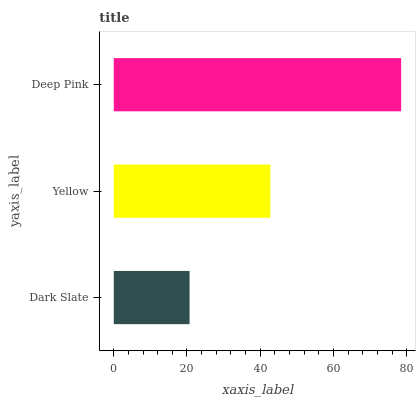
| yaxis_label | bars |
 | --- | --- |
 | Dark Slate | 20.7 |
 | Yellow | 42.8 |
 | Deep Pink | 78.5 |